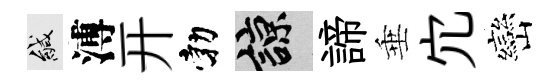
緘溥开勃諒諦垂宂巒